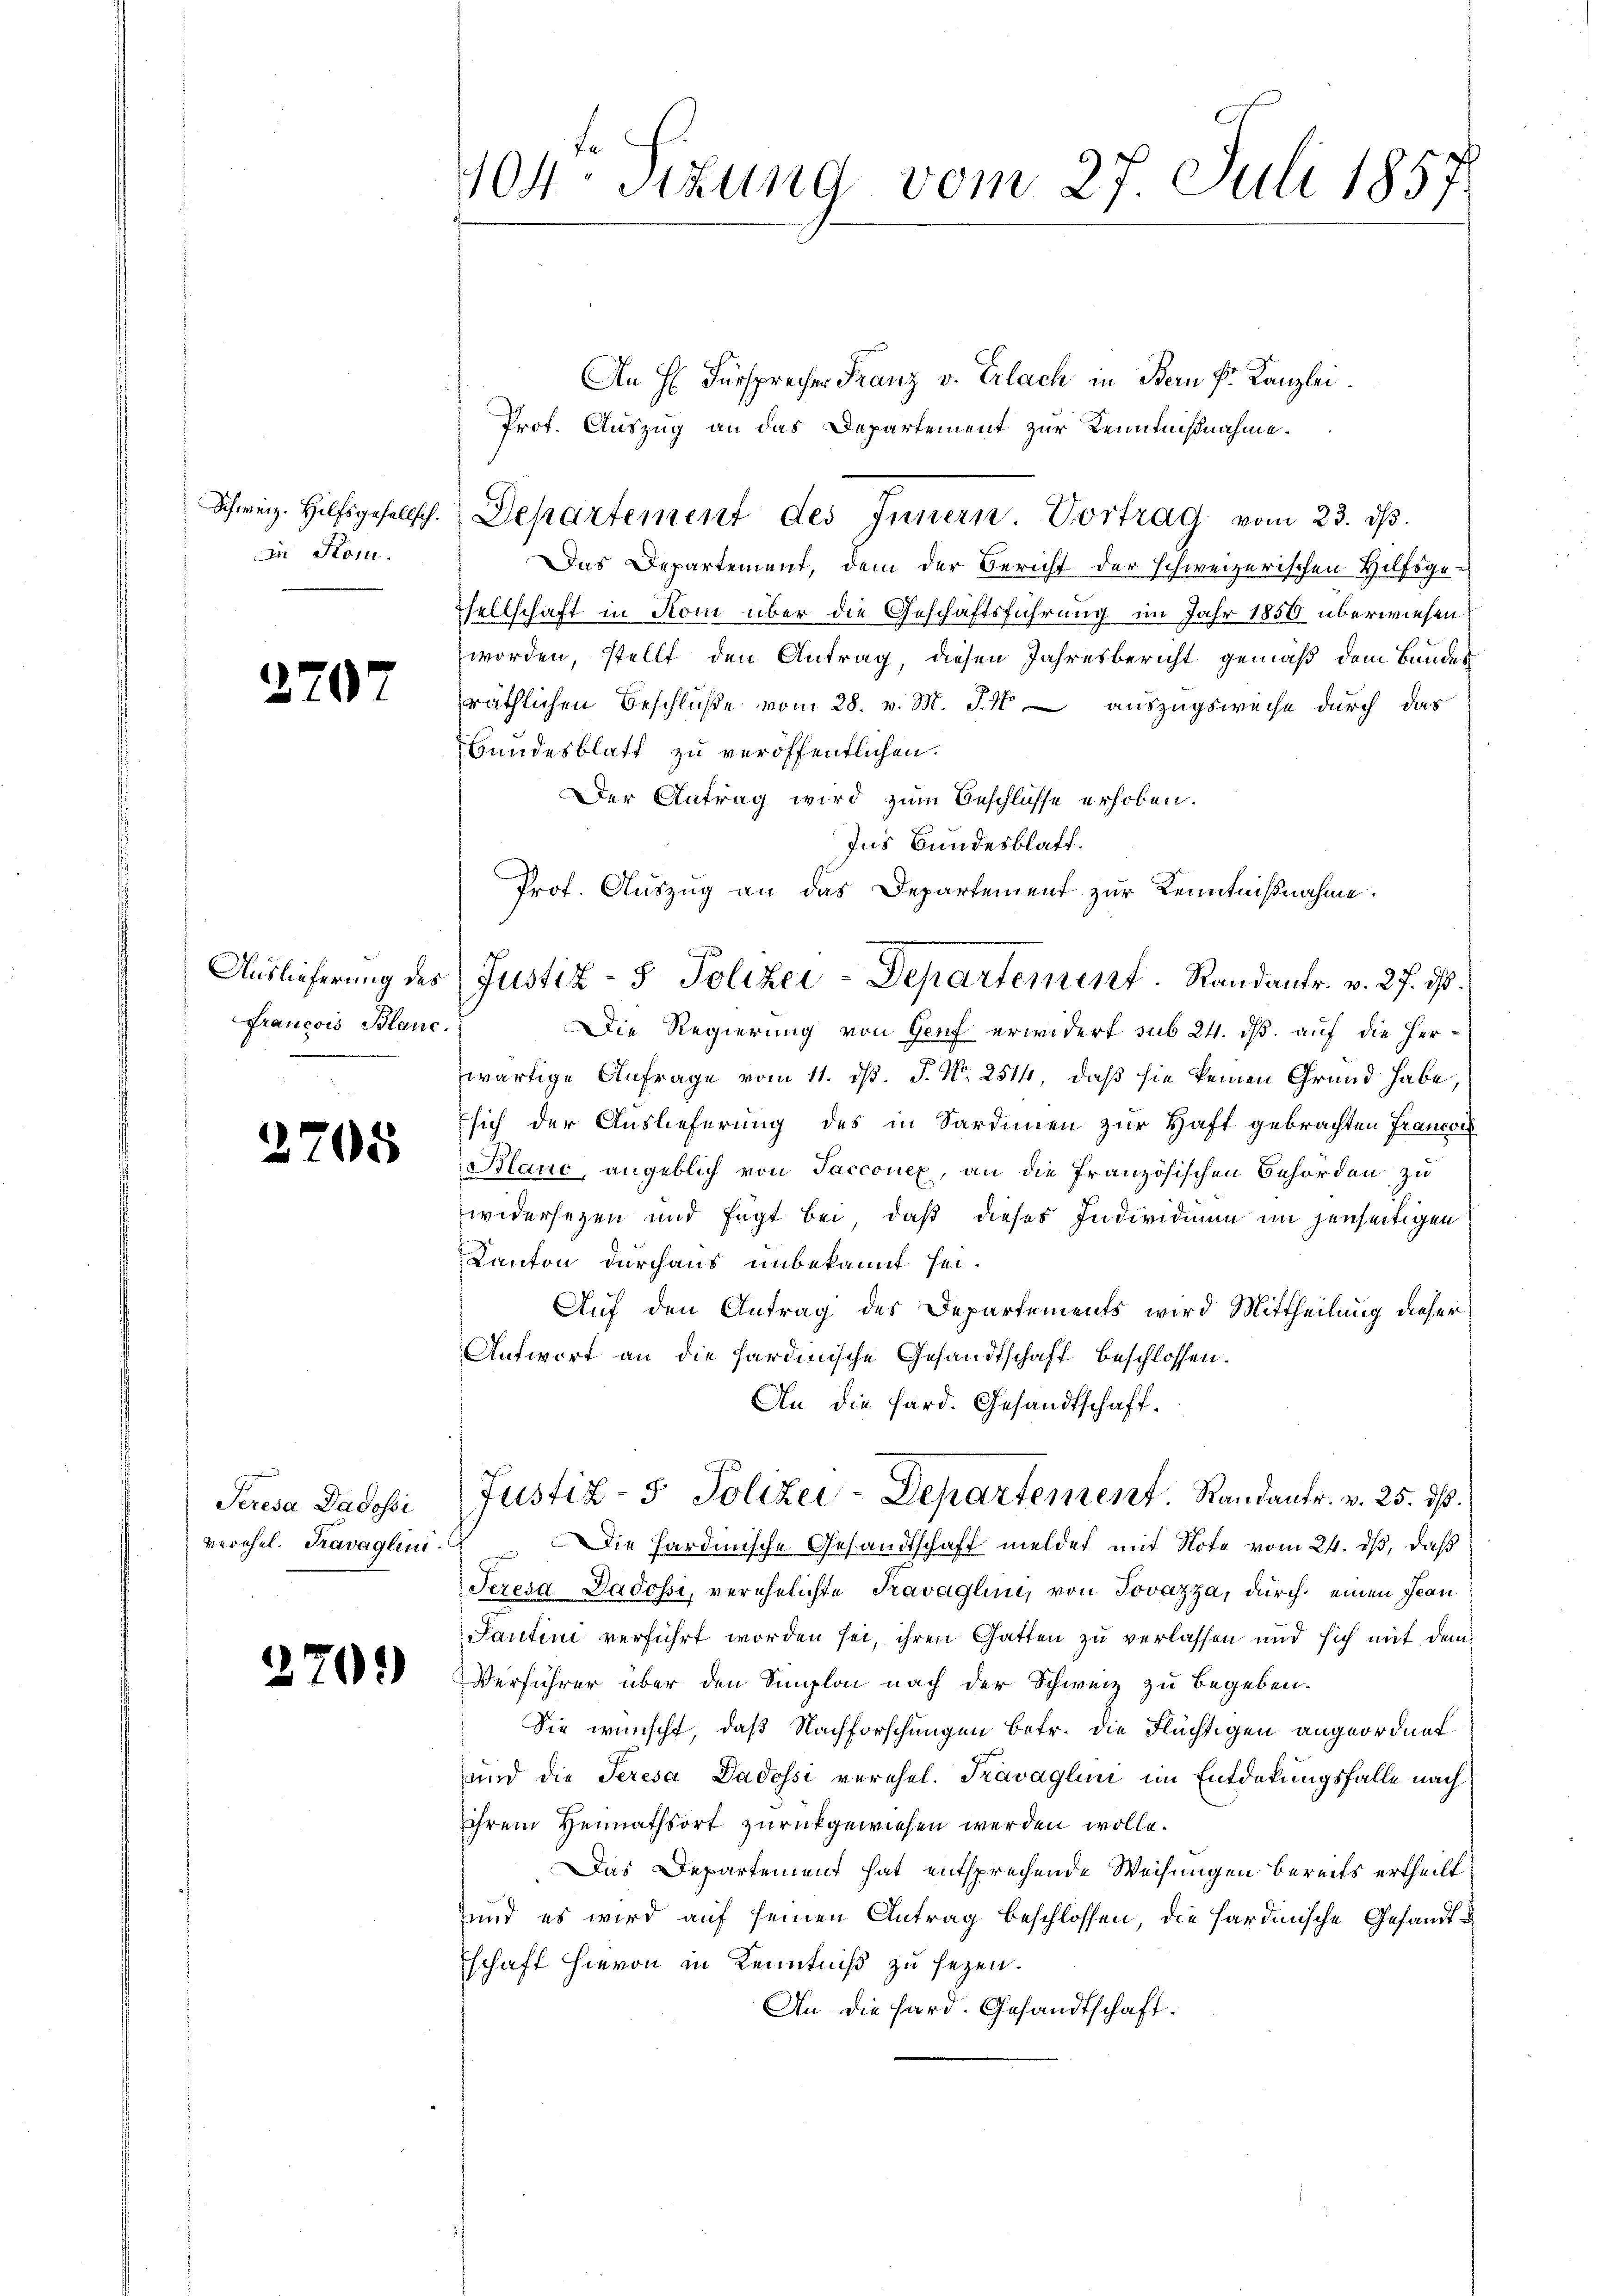
In Kom

2707

Francois Blanc

22

5

Seresa Dadossi

270.)

104. Sitzung vom 27. Juli 1857.

An H. Fürsprecher Franz v. Erlach in Bern Fr. Kanzlei
Prof. Auszug an das Departement zur Kenntnißnahme.
Schweiz. Hilfsgesellsch. Departement des Innern. Vortrag vom 23. ds.
Das Departement, dem der Bericht der schweizerischen Hilfsge-
Esellschaft in Kom über die Geschäftsführung im Jahr 1856 überwiesen
worden, stellt den Antrag, diesen Jahresbericht gemäß dem Bandes
räthlichen Beschluße vom 28. v. M. J. M auszugsweise durch das
Bundesblatt zu veröffentlichen.
Der Antrag wird zum Beschlüsse erhoben.
Ins Bundesblatt.
Prof. Auszug an das Departement zur Kenntnißnahme.
Die Regierung von Genf erwidert sub 24. dß. auf die Herwärtige Anfrage vom 11. d. J. N. 2514, daß sie keinen Grund habe
sich der Auslieferung des in Sardinen zur Haft gebrachten Francor
Blaue, angeblich von Sacconex, an die französischen Behörden zu
widersezen und fügt bei, daß dieses Individium im jenseitigen
Kanton durchaus unbekannt sei.
Auf den Antrag des Departements wird Mittheilung dieser
Antwort an die hardinische Gesandtschaft beschlossen.
An die Hard. Gesandtschaft¬
Justiz- & Polizei-Departement. Randantr. v. 25. ds.
verehel. Gravaglini. Die Hardinische Gesandtschaft meldet mit Note vom 24. ds, daß
Teresa Dadossi, verehelichte Travaglini, von Jovazza, durch einen Jean
Santini verführt worden sei, ihren Gatten zu verlassen und sich mit dem
Verführer über den Simplon nach der Schweiz zu begeben.
Sie wünscht, daß Nachforschungen betr. die Flüchtigen angeordnet.
und die Seresa Dadossi verehel. Travaglini im Entdekungsfalle nach
ihrem Heimathsort zurückgewiesen werden wolle.
Das Departement hat entsprechende Weisungen bereits ertheilt
und es wird auf seinen Antrag beschlossen, die hardinische Gesandtschaft hievon in Kenntniß zu sezen.
An die Hard. Gesandtschaft.

Auslieferung des Justiz- & Polizei-Departement. Randantr. v. 27. ds.